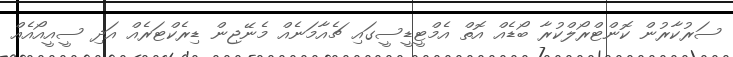
ސަރުކާރުން ކޮންޓްރޯލްކުރާ ބޯޑެއް އޮތް އެމްޓީޑީސީގައި ޗެއާމަނެއް މެނޭޖިން ޑިރެކްޓަރެއް އަދި ސީއީއޯއެއް